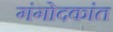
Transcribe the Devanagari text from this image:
गंगोदकांत